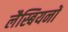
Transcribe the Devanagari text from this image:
लैस्बियनों